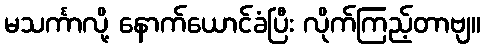
မသင်္ကာလို့ နောက်ယောင်ခံပြီး လိုက်ကြည့်တာဗျ။